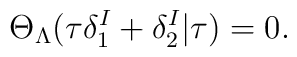
\Theta_{\Lambda}(\tau\delta_{1}^{I}+\delta_{2}^{I}|\tau)=0.